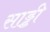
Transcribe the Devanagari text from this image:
साड्डी